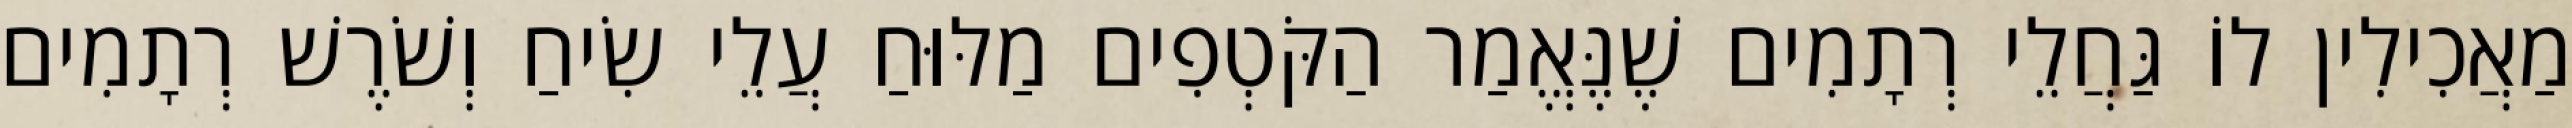
מַאֲכִילִין לוֹ גַּחֲלֵי רְתָמִים שֶׁנֶּאֱמַר הַקֹּטְפִים מַלּוּחַ עֲלֵי שִׂיחַ וְשֹׁרֶשׁ רְתָמִים